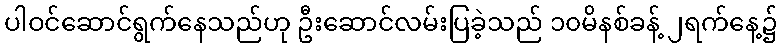
ပါဝင်ဆောင်ရွက်နေသည်ဟု ဦးဆောင်လမ်းပြခဲ့သည် ၁၀မိနစ်ခန့် ၂ရက်နေ့၌